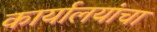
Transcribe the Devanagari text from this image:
कार्यालयांचा